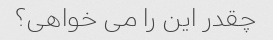
چقدر این را می خواهی؟